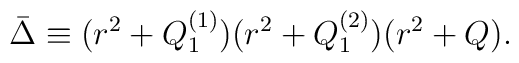
\bar{\Delta}\equiv (r^2+Q^{(1)}_1)(r^2+Q^{(2)}_1)(r^2+Q).